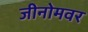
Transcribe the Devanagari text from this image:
जीनोमवर